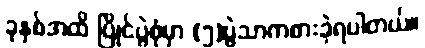
ခုနှစ်အထိ ပြိုင်ပွဲစုံမှာ (၅)ပွဲသာကစားခဲ့ရပါတယ်။